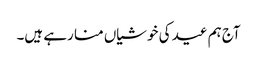
آج ہم عید کی خوشیاں منا رہے ہیں۔